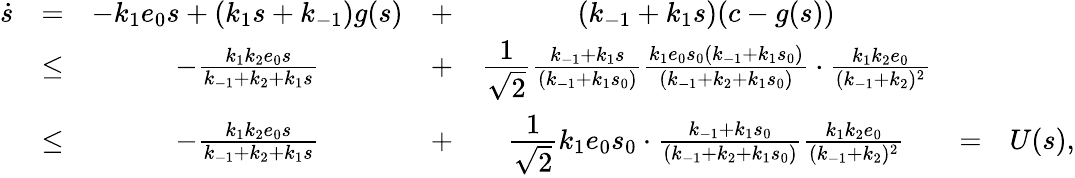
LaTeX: \begin{array}{rcccccl}{\dot{s}}&{=}&{-k_{1}e_{0}s+(k_{1}s+k_{-1})g(s)}&{+}&{(k_{-1}+k_{1}s)(c-g(s))}&&\\ &{\leq}&{-\frac{k_{1}k_{2}e_{0}s}{k_{-1}+k_{2}+k_{1}s}}&{+}&{\cfrac{1}{\sqrt 2}\frac{k_{-1}+k_{1}s}{(k_{-1}+k_{1}s_{0})}\frac{k_{1}e_{0}s_{0}(k_{-1}+k_{1}s_{0})}{(k_{-1}+k_{2}+k_{1}s_{0})}\cdot\frac{k_{1}k_{2}e_{0}}{(k_{-1}+k_{2})^{2}}}&&\\ &{\leq}&{-\frac{k_{1}k_{2}e_{0}s}{k_{-1}+k_{2}+k_{1}s}}&{+}&{\cfrac{1}{\sqrt 2}k_{1}e_{0}s_{0}\cdot\frac{k_{-1}+k_{1}s_{0}}{(k_{-1}+k_{2}+k_{1}s_{0})}\frac{k_{1}k_{2}e_{0}}{(k_{-1}+k_{2})^{2}}}&{=}&{U(s),}\end{array}